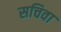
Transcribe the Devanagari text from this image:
सचिवा